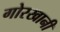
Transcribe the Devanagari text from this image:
गोरखानी